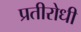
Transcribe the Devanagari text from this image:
प्रतीरोधी